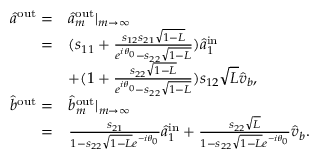
\begin{array} { r l } { \hat { a } ^ { \mathrm { { o u t } } } = } & { \hat { a } _ { m } ^ { \mathrm { o u t } } | _ { m \to \infty } } \\ { = } & { ( s _ { 1 1 } + \frac { s _ { 1 2 } s _ { 2 1 } \sqrt { 1 - L } } { e ^ { i \theta _ { 0 } } - s _ { 2 2 } \sqrt { 1 - L } } ) \hat { a } _ { 1 } ^ { \mathrm { { i n } } } } \\ & { + ( 1 + \frac { s _ { 2 2 } \sqrt { 1 - L } } { e ^ { i \theta _ { 0 } } - s _ { 2 2 } \sqrt { 1 - L } } ) s _ { 1 2 } \sqrt { L } \hat { v } _ { b } , } \\ { \hat { b } ^ { \mathrm { o u t } } = } & { \hat { b } _ { m } ^ { \mathrm { { o u t } } } | _ { m \to \infty } } \\ { = } & { \frac { s _ { 2 1 } } { 1 - s _ { 2 2 } \sqrt { 1 - L } e ^ { - i \theta _ { 0 } } } \hat { a } _ { 1 } ^ { \mathrm { i n } } + \frac { s _ { 2 2 } \sqrt { L } } { 1 - s _ { 2 2 } \sqrt { 1 - L } e ^ { - i \theta _ { 0 } } } \hat { v } _ { b } . } \end{array}